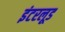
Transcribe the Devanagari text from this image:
इंटरलूड